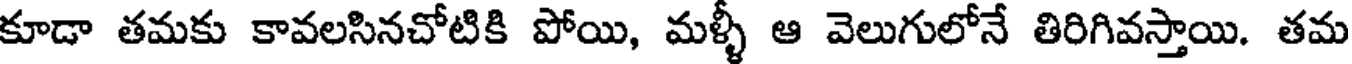
కూడా తమకు కావలసినచోటికి పోయి, మళ్ళీ ఆ వెలుగులోనే తిరిగివస్తాయి. తమ